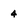
Character: 4